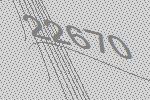
22670